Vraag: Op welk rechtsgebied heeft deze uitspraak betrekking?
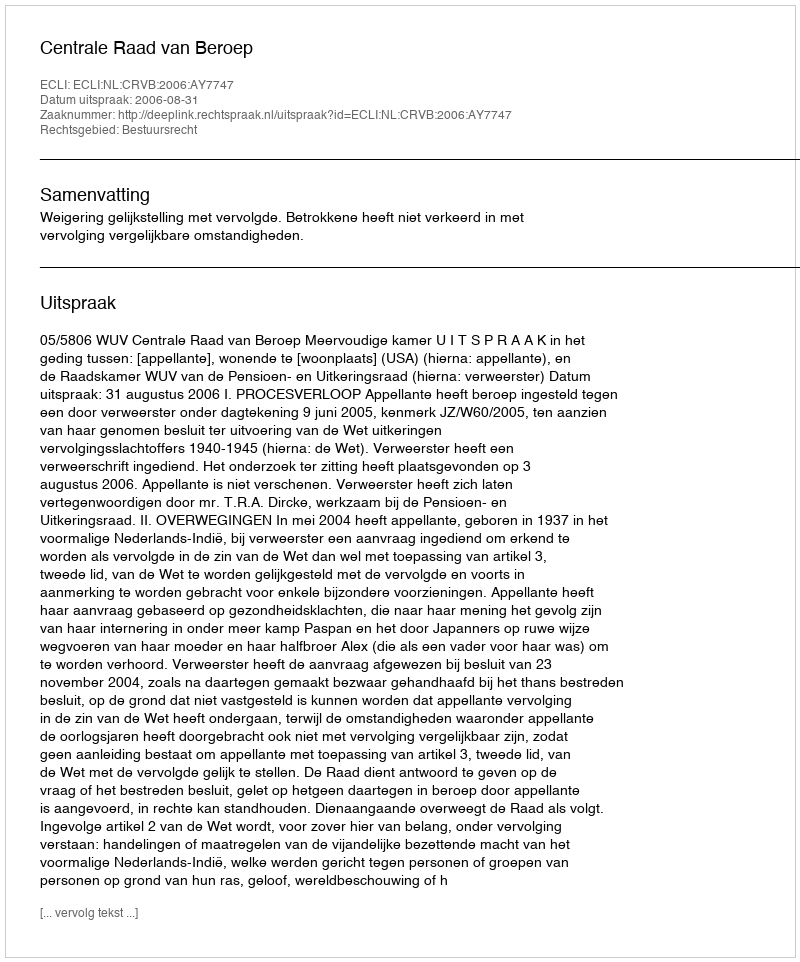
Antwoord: Bestuursrecht